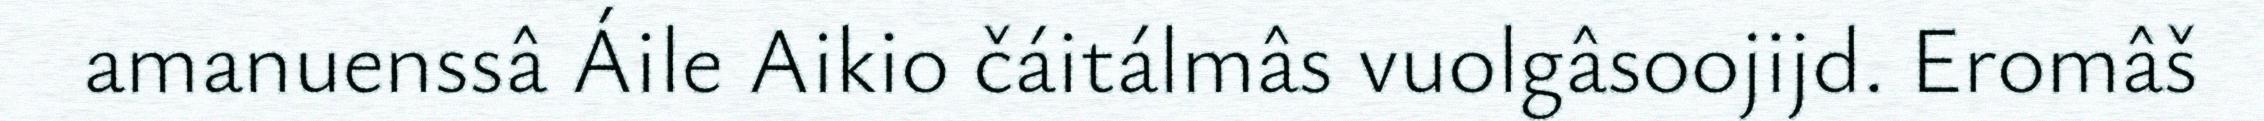
amanuenssâ Áile Aikio čáitálmâs vuolgâsoojijd. Eromâš